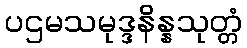
ပဌမသမုဒ္ဒနိန္နသုတ္တံ